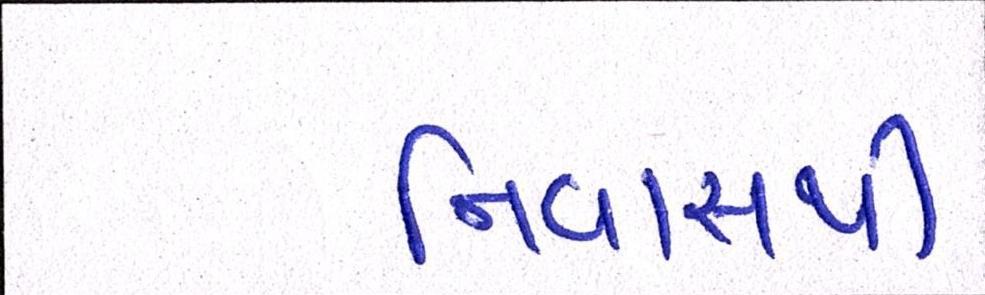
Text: નિવાસથી